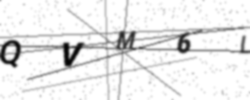
Text: QVM6L